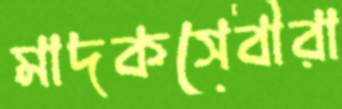
মাদকসেবীরা